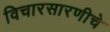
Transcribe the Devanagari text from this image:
विचारसारणीचे